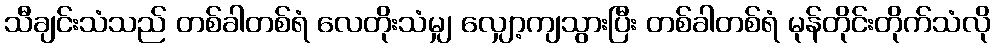
သီချင်းသံသည် တစ်ခါတစ်ရံ လေတိုးသံမျှ လျှော့ကျသွားပြီး တစ်ခါတစ်ရံ မုန်တိုင်းတိုက်သံလို